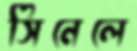
সিনেলে